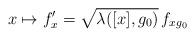
LaTeX: \begin{align*}x \mapsto f'_x = \sqrt{\lambda ([x], g_0)} \, f_{xg_0}\end{align*}